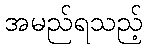
အမည်ရသည့်